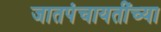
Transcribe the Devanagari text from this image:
जातपंचायतींच्या